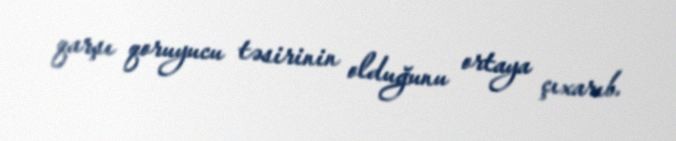
qarşı qoruyucu təsirinin olduğunu ortaya çıxarıb.